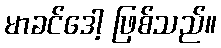
မာခင်ဒေါ့ ဖြစ်သည်။